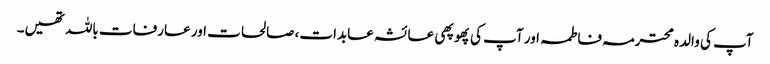
آپ کی والدہ محترمہ فاطمہ اور آپ کی پھوپھی عائشہ عابدات، صالحات اور عارفات باللہ تھیں۔